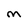
Character: M